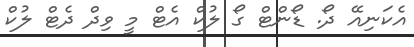
އެކަނިއޭ ދޯ. ޑޯންޓް ގޯ ލުކް އެޓް މީ ވިދް ދެޓް ލުކް